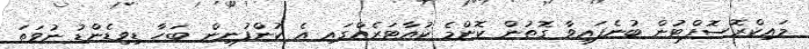
މައިކްރޮސޮފްޓުން ބުނެފައިވާ ގޮތުން ކޮންމެ ކުއާޓަރެއްގައި އެ ކުންފުނިން ބަހާ ޑިވިޑެންޑު ނުވަތަ